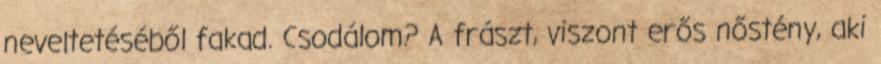
neveltetéséből fakad. Csodálom? A frászt, viszont erős nőstény, aki